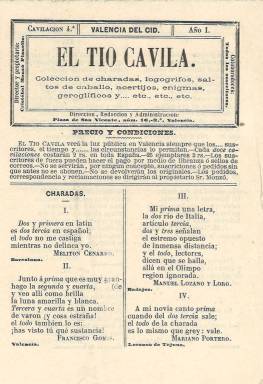
Título: El Tío Cavila
Colección: Juegos y pasatiempos
Ámbito geográfico: Valencia
Lugar de publicación: Valencia del Cid
Fechas: 01/01/1874-31/12/1874

Se trata de un periódico de pasatiempos sin muchas pretensiones que tenía como colaboradores a todo aquel que se quería suscribir a la publicación. El subtítulo es un buen resumen de su contenido: colección de charadas, logogrifos, saltos de caballo, acertijos, enigmas, jeroglíficos y etc., etc., etc.

  Editado en Valencia con cuatro páginas por número, llamado cavilación, su periodicidad parece ser que era mensual, de lo que se puede deducir del hecho de que la suscripción era de 2 reales en toda España por cada 12 cavilaciones.

  El único número que posee la Biblioteca Nacional de España es del año 1874, pero hay cavilaciones de esta publicación de 1876 en los que se ve un grabado en la cabecera con la figura de un hombre que se lleva la mano a la cabeza mientras intenta solucionar los pasatiempos que tiene sobre la mesa.

     El nombre de Tío Cavila procede de una comedia bilingüe en dos actos y en verso obra del valenciano Eduardo Escalante, dramaturgo conocido por su extensa producción de sainete valenciano. Su obra hizo escuela y tuvo imitadores. ‘El Tío Cavila, o, A divertirse a un poblet’, se representó con éxito en 1873, de ahí que diera pie enseguida a la idea del periódico de entretenimiento.

   Lo curioso de la publicación era que se confeccionaba con las colaboraciones de los suscriptores. Así podemos ver charadas procedentes de distintos lugares de España, como Barcelona, Badajoz, Loranca de Tajuña, Sanlúcar de Barrameda y Valencia, lugar de edición. Cada pasatiempo iba firmado por el suscriptor que la enviaba. No van firmados los jeroglíficos, que quizá era realizados por el director y propietario del periódico, Cristóbal Monzó Planells.

  Monzó Planells aparece años más tarde, en 1897, como director de otro periódico, El Siglo anunciador, de solo dos páginas dedicadas casi íntegramente a la publicidad. Había también una pequeña sección de entretenimiento con cantares, acertijos y poesías. Según el sitio Tebeosfera.com, sólo salió un número de esta publicación.

[Descripción publicada el 8/09/2023]